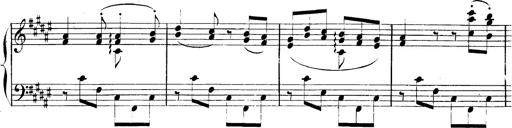
Title: AnnÃ©es de pÃ¨lerinage II, SupplÃ©ment
Composer: Franz Liszt